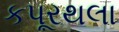
કપૂરથલા